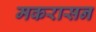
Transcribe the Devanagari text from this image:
मकरासन